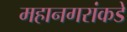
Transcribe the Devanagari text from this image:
महानगरांकडे